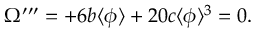
\Omega ^ { \prime \prime \prime } = + 6 b \langle \phi \rangle + 2 0 c \langle \phi \rangle ^ { 3 } = 0 .